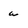
Character: a